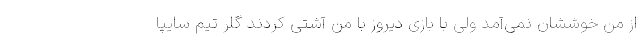
از من خوششان نمی‌آمد ولی با بازی دیروز با من آشتی کردند گلر تیم سایپا